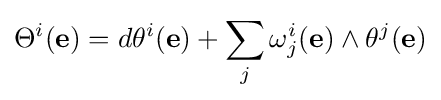
\Theta ^{i}(\mathbf {e} )=d\theta ^{i}(\mathbf {e} )+\sum _{j}\omega _{j}^{i}(\mathbf {e} )\wedge \theta ^{j}(\mathbf {e} )